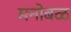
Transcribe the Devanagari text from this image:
मनोबळ